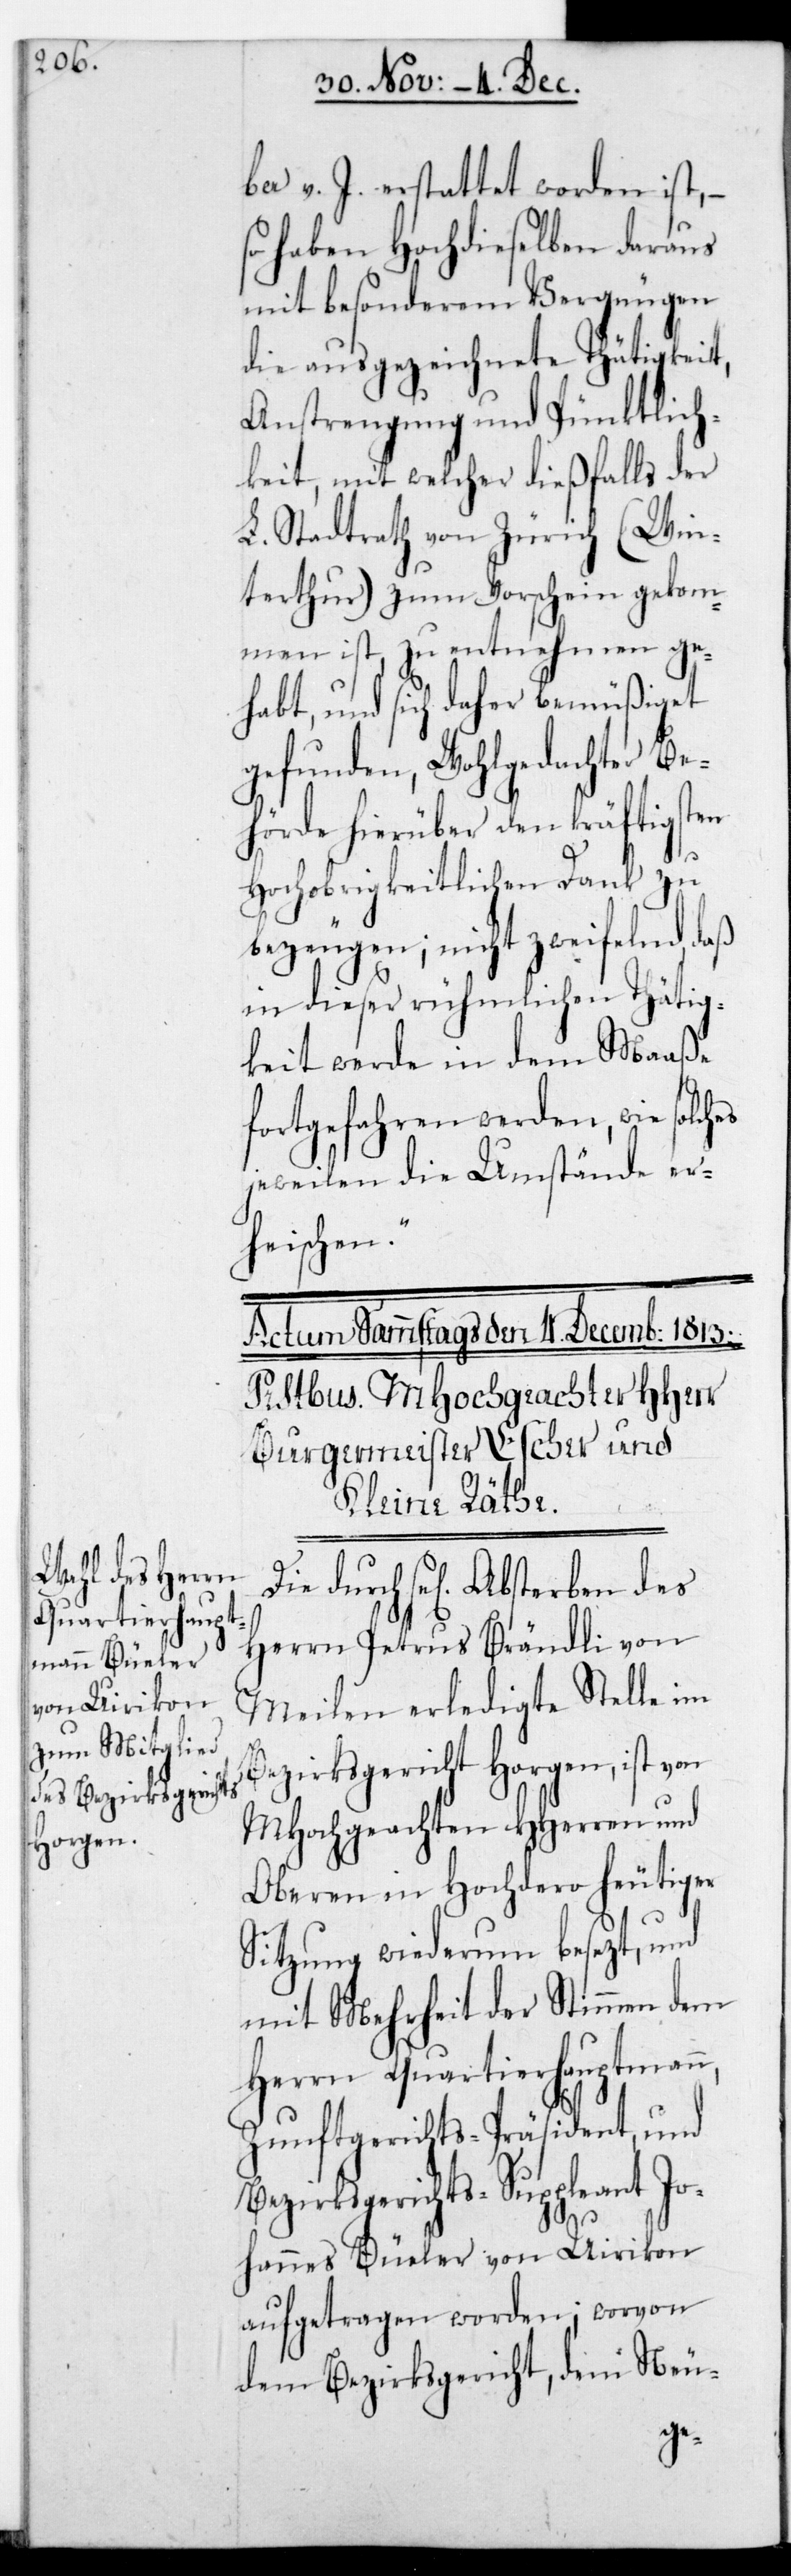
ber v. J. erstattet worden ist, –
so haben Hochdieselben daraus
mit besonderem Vergnügen
die ausgezeichnete thätigkeit,
Anstrengung und Pünktlich¬
keit, mit welcher dießfalls der
L. Stadtrath von Zürich (Win¬
terthur) zum Vorschein gekom¬
men ist, zu entnehmen ge¬
habt, und sich daher bemüßiget
gefunden, wohlgedachter Be¬
hörde hierüber den kräftigsten
Hochobrigkeitlichen Dank zu
bezeugen; nicht zweifelnd, daß
in dieser rühmlichen thätig¬
keit werde in dem Maaße
fortgefahren werden, wie solches
jeweilen die Umstände er¬
heischen“.
se[liges] Absterben des
Herrn Petrus Brändli von
Meilen erledigte Stelle im
Bezirksgericht Horgen, ist von
MHochgeachten HHerren und
Oberen in Hochdero heutiger
Sitzung wiederum besetzt, und
mit Mehrheit der Stimmen dem
Herrn Quartierhauptmann,
Zunftgerichts-Präsident und
Bezirksgerichts-Suppleant Jo¬
hannes Büeler von Uirikon
aufgetragen worden; worvon
dem Bezirksgericht, dem Neu-